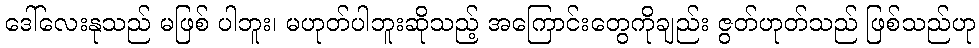
ဒေါ်လေးနုသည် မဖြစ် ပါဘူး၊ မဟုတ်ပါဘူးဆိုသည့် အကြောင်းတွေကိုချည်း ဇွတ်ဟုတ်သည် ဖြစ်သည်ဟု